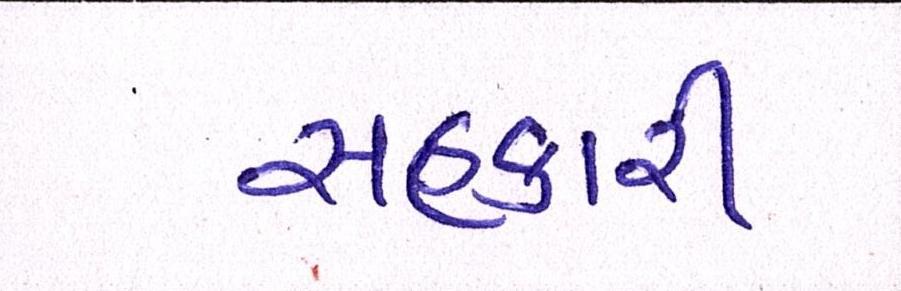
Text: સહકારી